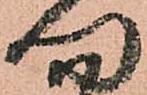
向